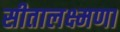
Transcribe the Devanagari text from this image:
सीतालक्ष्मणा